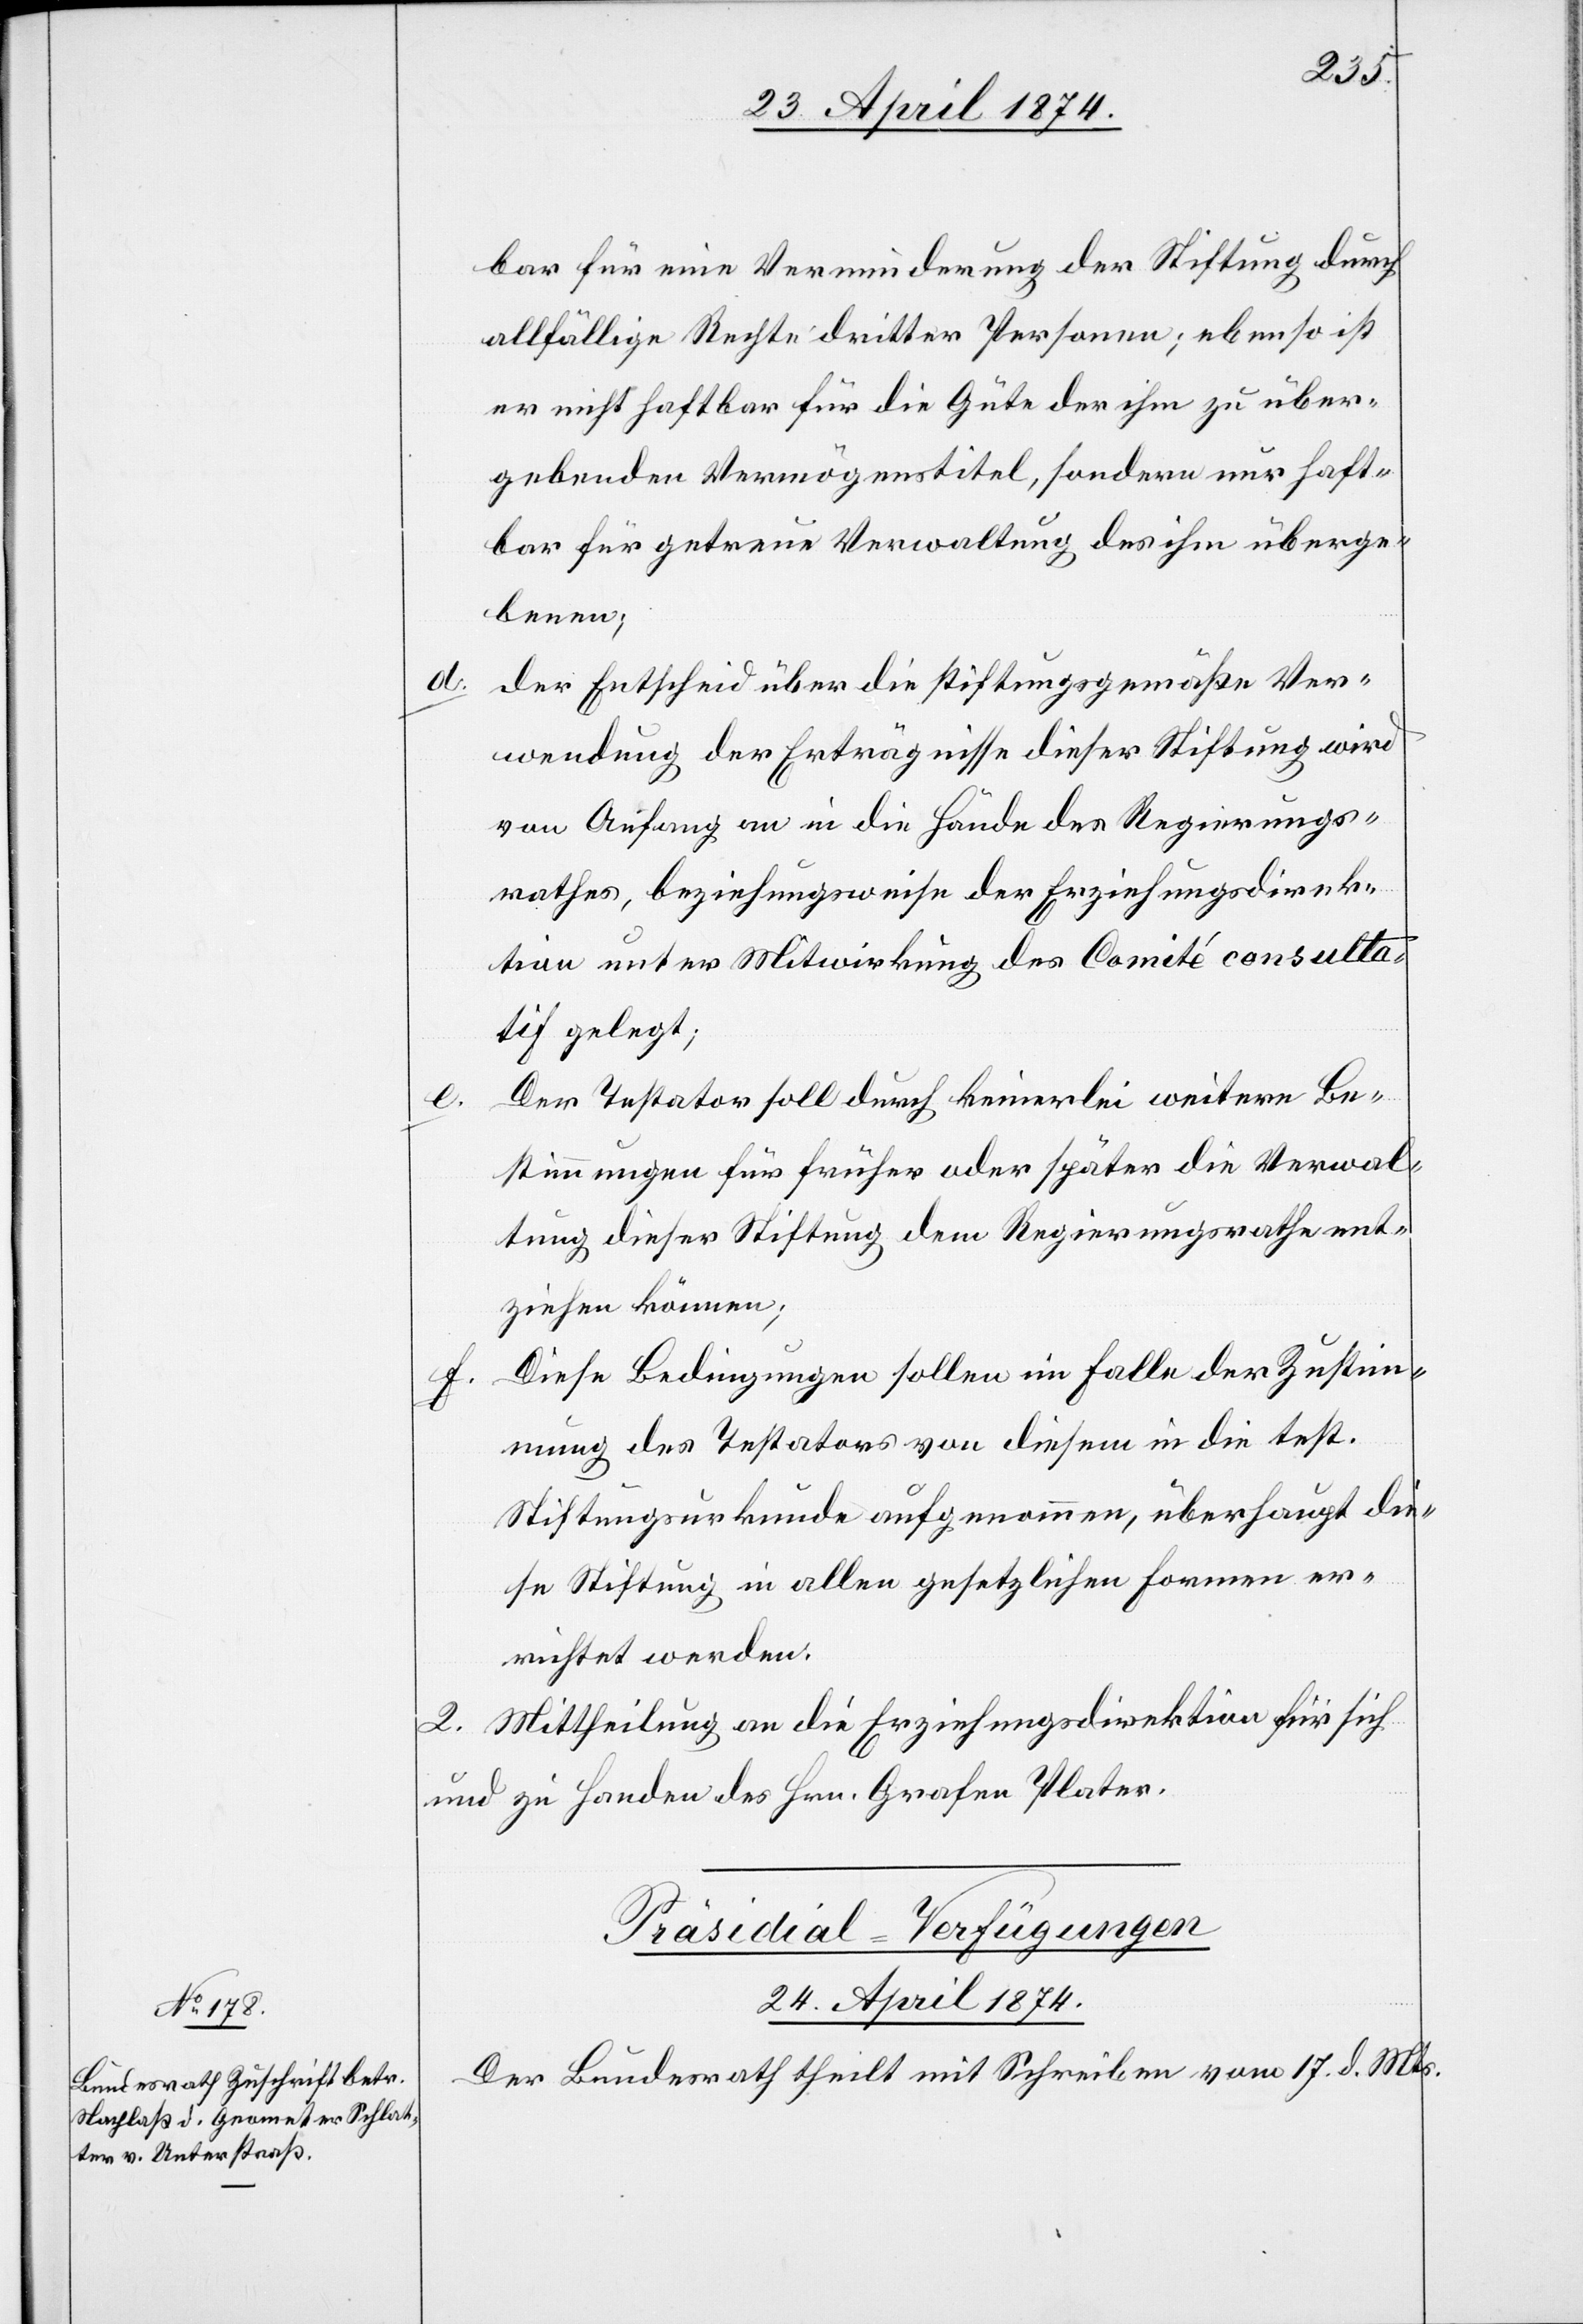
bar für eine Verminderung der Stiftung durch
allfällige Rechte dritter Personen; ebenso ist
er nicht haftbar für die Güte der ihm zu über¬
gebenden Vermögenstitel, sondern nur haft¬
bar für getreue Verwaltung des ihm überge¬
benen;
der Entscheid über die stiftungsgemäße Ver¬
wendung der Erträgnisse dieser Stiftung wird
von Anfang an in die Hände des Regierungs¬
rathes, beziehungsweise der Erziehungsdirek¬
tion unter Mitwirkung des Comité consulta¬
tif gelegt;
Der Testator soll durch keinerlei weitere Be¬
stimmungen für früher oder später die Verwal¬
tung dieser Stiftung dem Regierungsrathe ent¬
ziehen können;
Diese Bedingungen sollen im Falle der Zustim¬
f.
mung des Testators von diesem in die test.
Stiftungsurkunde aufgenommen, überhaupt die¬
se Stiftung in allen gesetzlichen Formen er¬
richtet werden.
2. Mittheilung an die Erziehungsdirektion für sich
und zu Handen des Hrn. Grafen Plater.
Präsidial-Verfügungen
24. April 1874.
Der Bundesrath theilt mit Schreiben vom 17. d. Mts.